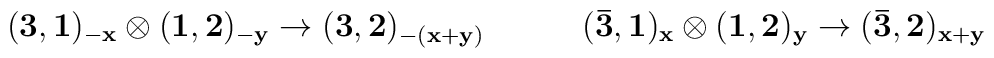
{ \bf (3,1)_{-x} \otimes (1,2)_{-y} \rightarrow (3,2)_{-(x+y)} }    \qquad\quad  { \bf (\bar{3},1)_x \otimes (1,2)_y \rightarrow (\bar{3},2)_{x+y} }